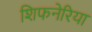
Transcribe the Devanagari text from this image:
शिफनेरिया